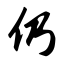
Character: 仍